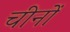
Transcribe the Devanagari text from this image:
चीनों